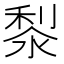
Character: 㴝